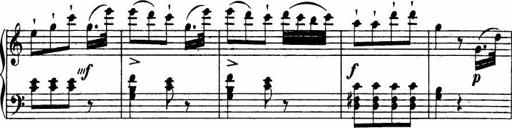
Title: Le bouquetier
Composer: Anton Diabelli
Key: G major
 C major
 F major
 C major